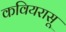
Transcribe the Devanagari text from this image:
कवियरासू